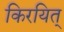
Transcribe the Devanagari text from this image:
किरयित्